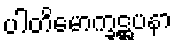
ပါတိမောက္ခဋ္ဌပနာ